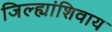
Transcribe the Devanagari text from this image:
जिल्ह्यांशिवाय